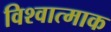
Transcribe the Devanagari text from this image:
विश्वात्माक